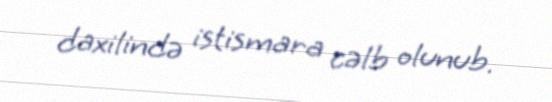
daxilində istismara cəlb olunub.